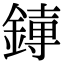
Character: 𫟱